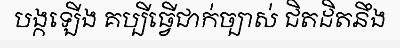
បង្កឡើង គប្បីធ្វើជាក់ច្បាស់ ជិតដិតនឹង